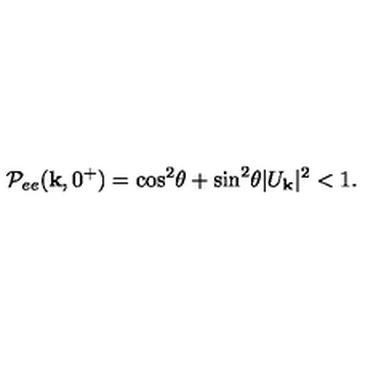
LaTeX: { \cal P } _ { e e } ( { \bf k } , 0 ^ { + } ) = \cos ^ { 2 } \! \theta + \sin ^ { 2 } \! \theta | U _ { \bf k } | ^ { 2 } < 1 .